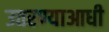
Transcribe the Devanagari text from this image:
उतरण्याआधी